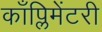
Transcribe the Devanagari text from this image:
काँप्लिमेंटरी